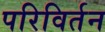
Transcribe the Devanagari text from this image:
परिविर्तन